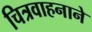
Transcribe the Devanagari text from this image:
चित्रवाहनाने